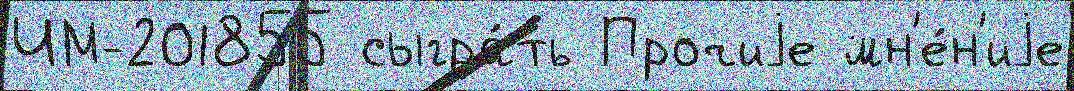
ЧМ-201855 сыгра́ть Прочиjе мн'е́н'иjе